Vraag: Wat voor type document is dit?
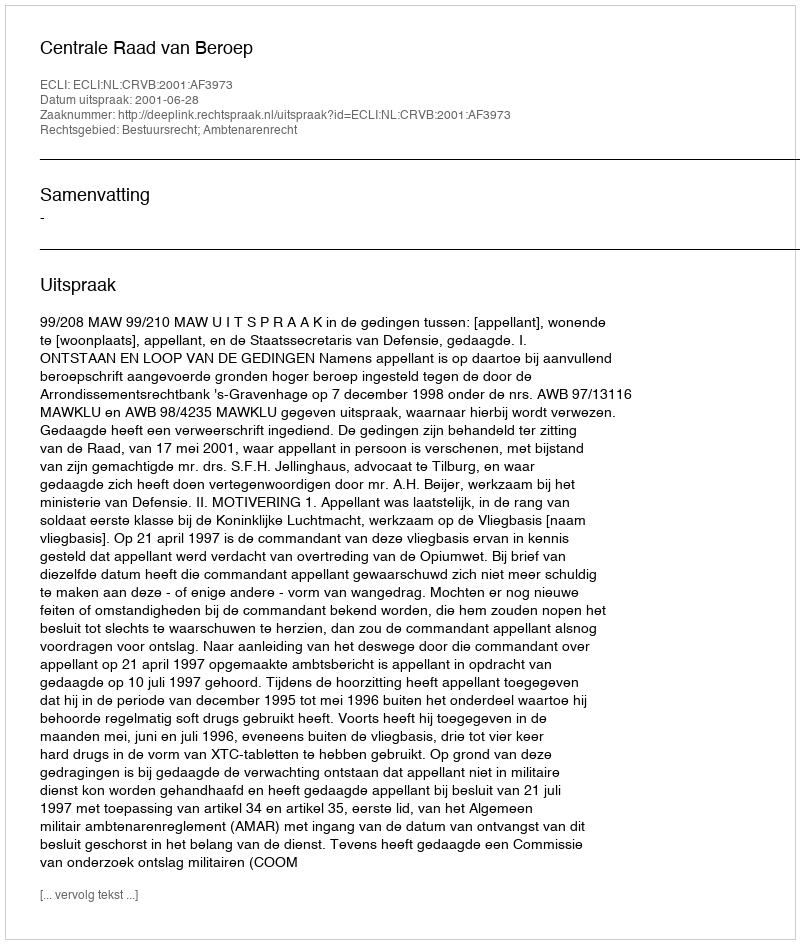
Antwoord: Uitspraak